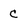
Character: c